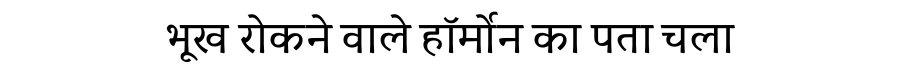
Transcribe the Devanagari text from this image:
भूख रोकने वाले हॉर्मोन का पता चला